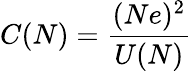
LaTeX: C(N)={\frac{(Ne)^{2}}{U(N)}}